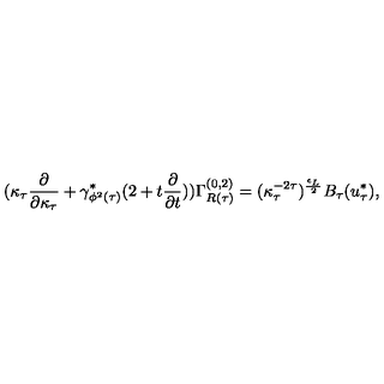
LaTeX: ( \kappa _ { \tau } \frac { \partial } { \partial \kappa _ { \tau } } + \gamma _ { \phi ^ { 2 } ( \tau ) } ^ { * } ( 2 + t \frac { \partial } { \partial t } ) ) \Gamma _ { R ( \tau ) } ^ { ( 0 , 2 ) } = ( \kappa _ { \tau } ^ { - 2 \tau } ) ^ { \frac { \epsilon _ { L } } { 2 } } B _ { \tau } ( u _ { \tau } ^ { * } ) ,